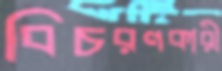
বিচরণকারী